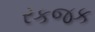
રકજક